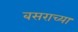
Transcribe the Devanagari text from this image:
बसराच्या